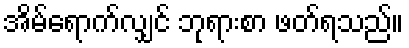
အိမ်ရောက်လျှင် ဘုရားစာ ဖတ်ရသည်။